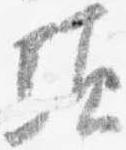
頃